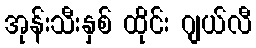
အုန်းသီးနှစ် ထိုင်း ဂျယ်လီ